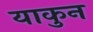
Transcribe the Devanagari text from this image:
याकुन